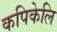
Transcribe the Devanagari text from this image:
कपिकेलि